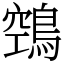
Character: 鵼